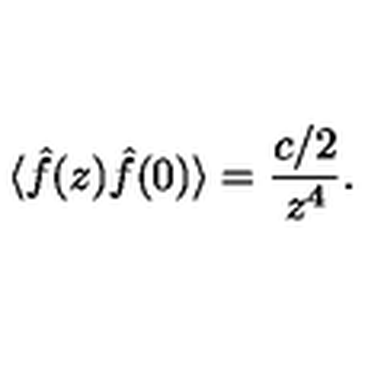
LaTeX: \langle \hat { f } ( z ) \hat { f } ( 0 ) \rangle = { \frac { c / 2 } { z ^ { 4 } } } .